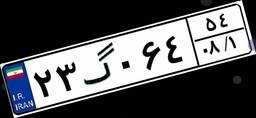
۲۳گ۰۶۴۵۴